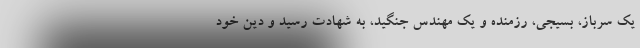
یک سرباز، بسیجی، رزمنده و یک مهندس جنگید، به شهادت رسید و دین خود